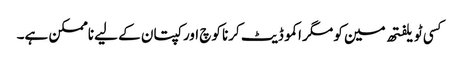
کسی ٹویلفتھ مین کو مگر اکموڈیٹ کرنا کوچ اور کپتان کے لیے ناممکن ہے۔